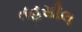
તહસીલ